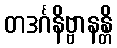
တဒင်္ဂနိဗ္ဗာနန္တိ